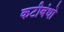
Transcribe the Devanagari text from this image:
कटीबंधो